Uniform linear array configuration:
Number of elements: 4
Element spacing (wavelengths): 1
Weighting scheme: exponential
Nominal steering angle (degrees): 45
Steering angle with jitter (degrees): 43.901
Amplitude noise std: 0.05
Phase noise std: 0.05

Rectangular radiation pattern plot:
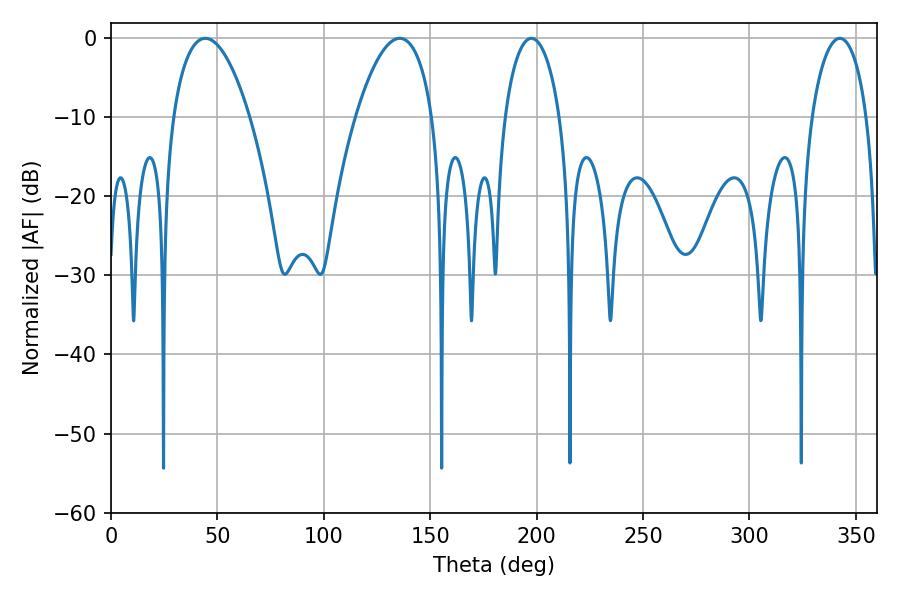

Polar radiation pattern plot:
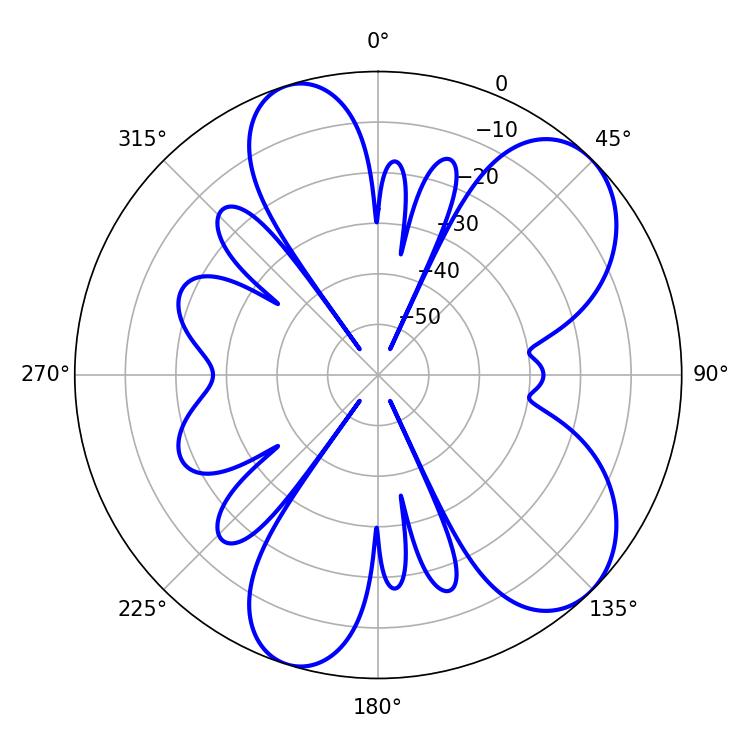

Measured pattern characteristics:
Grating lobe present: TRUE
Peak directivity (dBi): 7.53
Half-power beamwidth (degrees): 20.16
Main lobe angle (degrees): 44.28